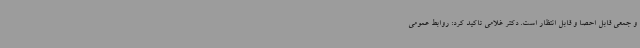
و جمعی قابل احصا و قابل انتظار است. دکتر غلامی تاکید کرد: روابط عمومی